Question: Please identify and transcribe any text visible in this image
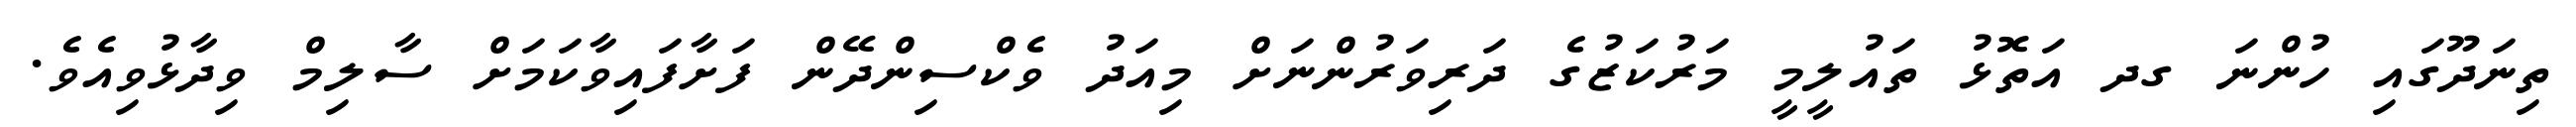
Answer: ތިނަދޫގައި ހުންނަ ގދ އަތޮޅު ތައުލީމީ މަރުކަޒުގެ ދަރިވަރުންނަށް މިއަދު ވެކްސިންދޭން ފަށާފައިވާކަމަށް ސާލިމް ވިދާޅުވިއެވެ.